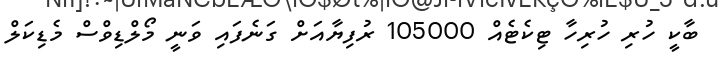
ބާކީ ހުރި ހުރިހާ ޓިކެޓެއް 105000 ރުފިޔާއަށް ގަނެފައި ވަނީ މޯލްޑިވްސް މެޑިކަލް